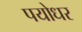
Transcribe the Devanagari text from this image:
पयोधर